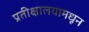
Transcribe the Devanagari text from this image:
प्रतीक्षालयामधून